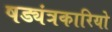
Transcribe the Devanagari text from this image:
षड्यंत्रकारियो